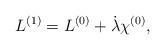
\begin{align*}{L}^{(1)} = {L}^{(0)} + \dot\lambda \chi^{(0)},\end{align*}